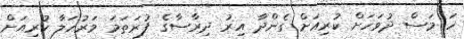
ހަ މަސް ދުވަހަށް ކުރިއަށް ގެންދާ އިރު ދިރާސާގެ ފުރަތަމަ މަރުހަލާ ކުރިއަށް